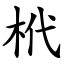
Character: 㭖